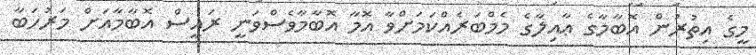
މީގެ އިތުރުން އޮބާމާގެ ޢާއިލާގެ މެމްބަރެއްކަމަށްވާ އޮމާ އޮބާމާވެސްވަނީ ރައީސް އޮބާމާއަށް މަރުހަބާ